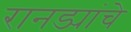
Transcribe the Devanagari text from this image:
रानड्यांचे